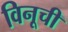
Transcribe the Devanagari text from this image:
विनूची